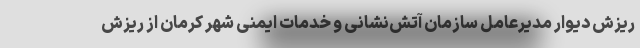
ریزش دیوار مدیرعامل سازمان آتش‌نشانی و خدمات ایمنی شهر کرمان از ریزش